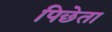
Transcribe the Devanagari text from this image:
पिछेता